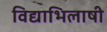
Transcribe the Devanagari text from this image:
विद्याभिलाषी